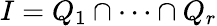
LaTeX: I=Q_{1}\cap\cdots\cap Q_{r}